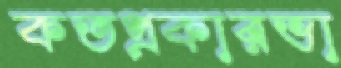
কতপ্রকারভা